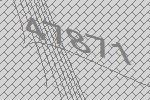
47871